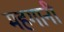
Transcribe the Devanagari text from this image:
महगानी